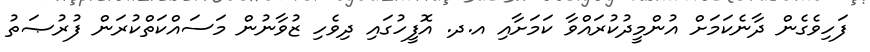
ފަހިވެގެން ދާނެކަމަށް އުންމީދުކުރައްވާ ކަމަށާއި އ.ދ. އޮފީހުގައި ދިވެހި ޒުވާނުން މަސައްކަތްކުރަން ފުރުޞަތު